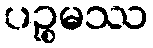
ပဉ္စမဿ